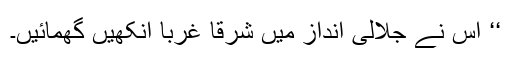
‘‘ اس نے جلالی انداز میں شرقاً غرباً آنکھیں گھمائیں۔